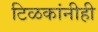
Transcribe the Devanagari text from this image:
टिळकांनीही